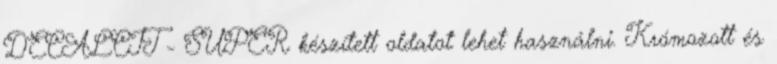
DECALCIT - SUPER készített oldatot lehet használni. Krómozott és